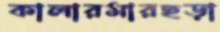
কালারমারছড়া